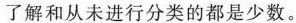
了解和从未进行分类的都是少数。